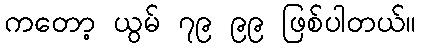
ကတော့ ယွမ် ၇၉ ၉၉ ဖြစ်ပါတယ်။